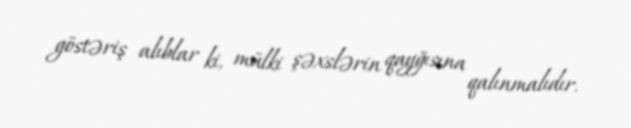
göstəriş alıblar ki, mülki şəxslərin qayğısına qalınmalıdır.